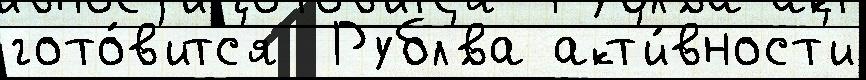
гото́в'итс'я  Рубл'́ва акт'и́вност'и